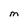
Character: M